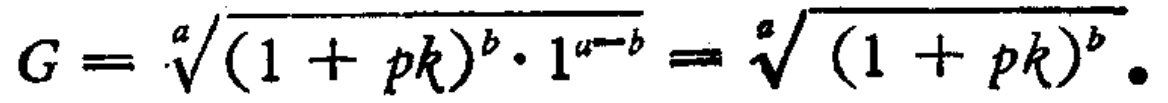
\[

G = \sqrt[a]{(1 + pk)^{b} \cdot 1^{a - b}} = \sqrt[a]{(1 + pk)^{b}}.

\]